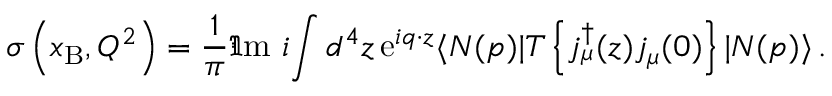
\sigma \left( x _ { \mathrm { B } } , Q ^ { 2 } \right) = \frac { 1 } { \pi } \Im \mathrm { m } \ i \! \int d ^ { 4 } z \, \mathrm { e } ^ { i q \cdot z } \langle N ( p ) | T \left\{ j _ { \mu } ^ { \dagger } ( z ) j _ { \mu } ( 0 ) \right\} | N ( p ) \rangle \, .